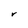
Character: V